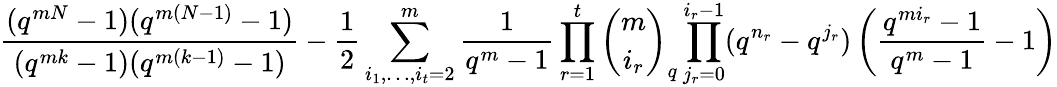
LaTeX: \frac{(q^{mN}-1)(q^{m(N-1)}-1)}{(q^{mk}-1)(q^{m(k-1)}-1)}-\frac{1}2\sum_{i_{1},\ldots,i_{t}=2}^{m}\frac{1}{q^{m}-1}\prod_{r=1}^{t}{\binom{m}{i_{r}}}_{q}\prod_{j_{r}=0}^{i_{r}-1}(q^{n_{r}}-q^{j_{r}})\left(\frac{q^{mi_{r}}-1}{q^{m}-1}-1\right)